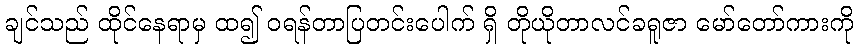
ချင်သည် ထိုင်နေရာမှ ထ၍ ဝရန်တာပြတင်းပေါက် ရှိ တိုယိုတာလင်ခရူဇာ မော်တော်ကားကို